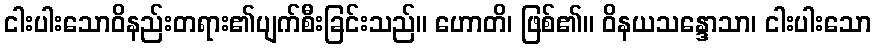
ငါးပါးသောဝိနည်းတရား၏ပျက်စီးခြင်းသည်။ ဟောတိ၊ ဖြစ်၏။ ဝိနယသန္ဒောသာ၊ ငါးပါးသော